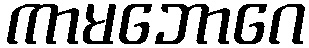
ကာမဘောဂေ